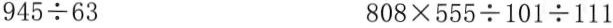
$$ 9 4 5 \div 6 3$$ $$8 0 8 \times 5 5 5 \div 1 0 1 \div 1 1 1$$